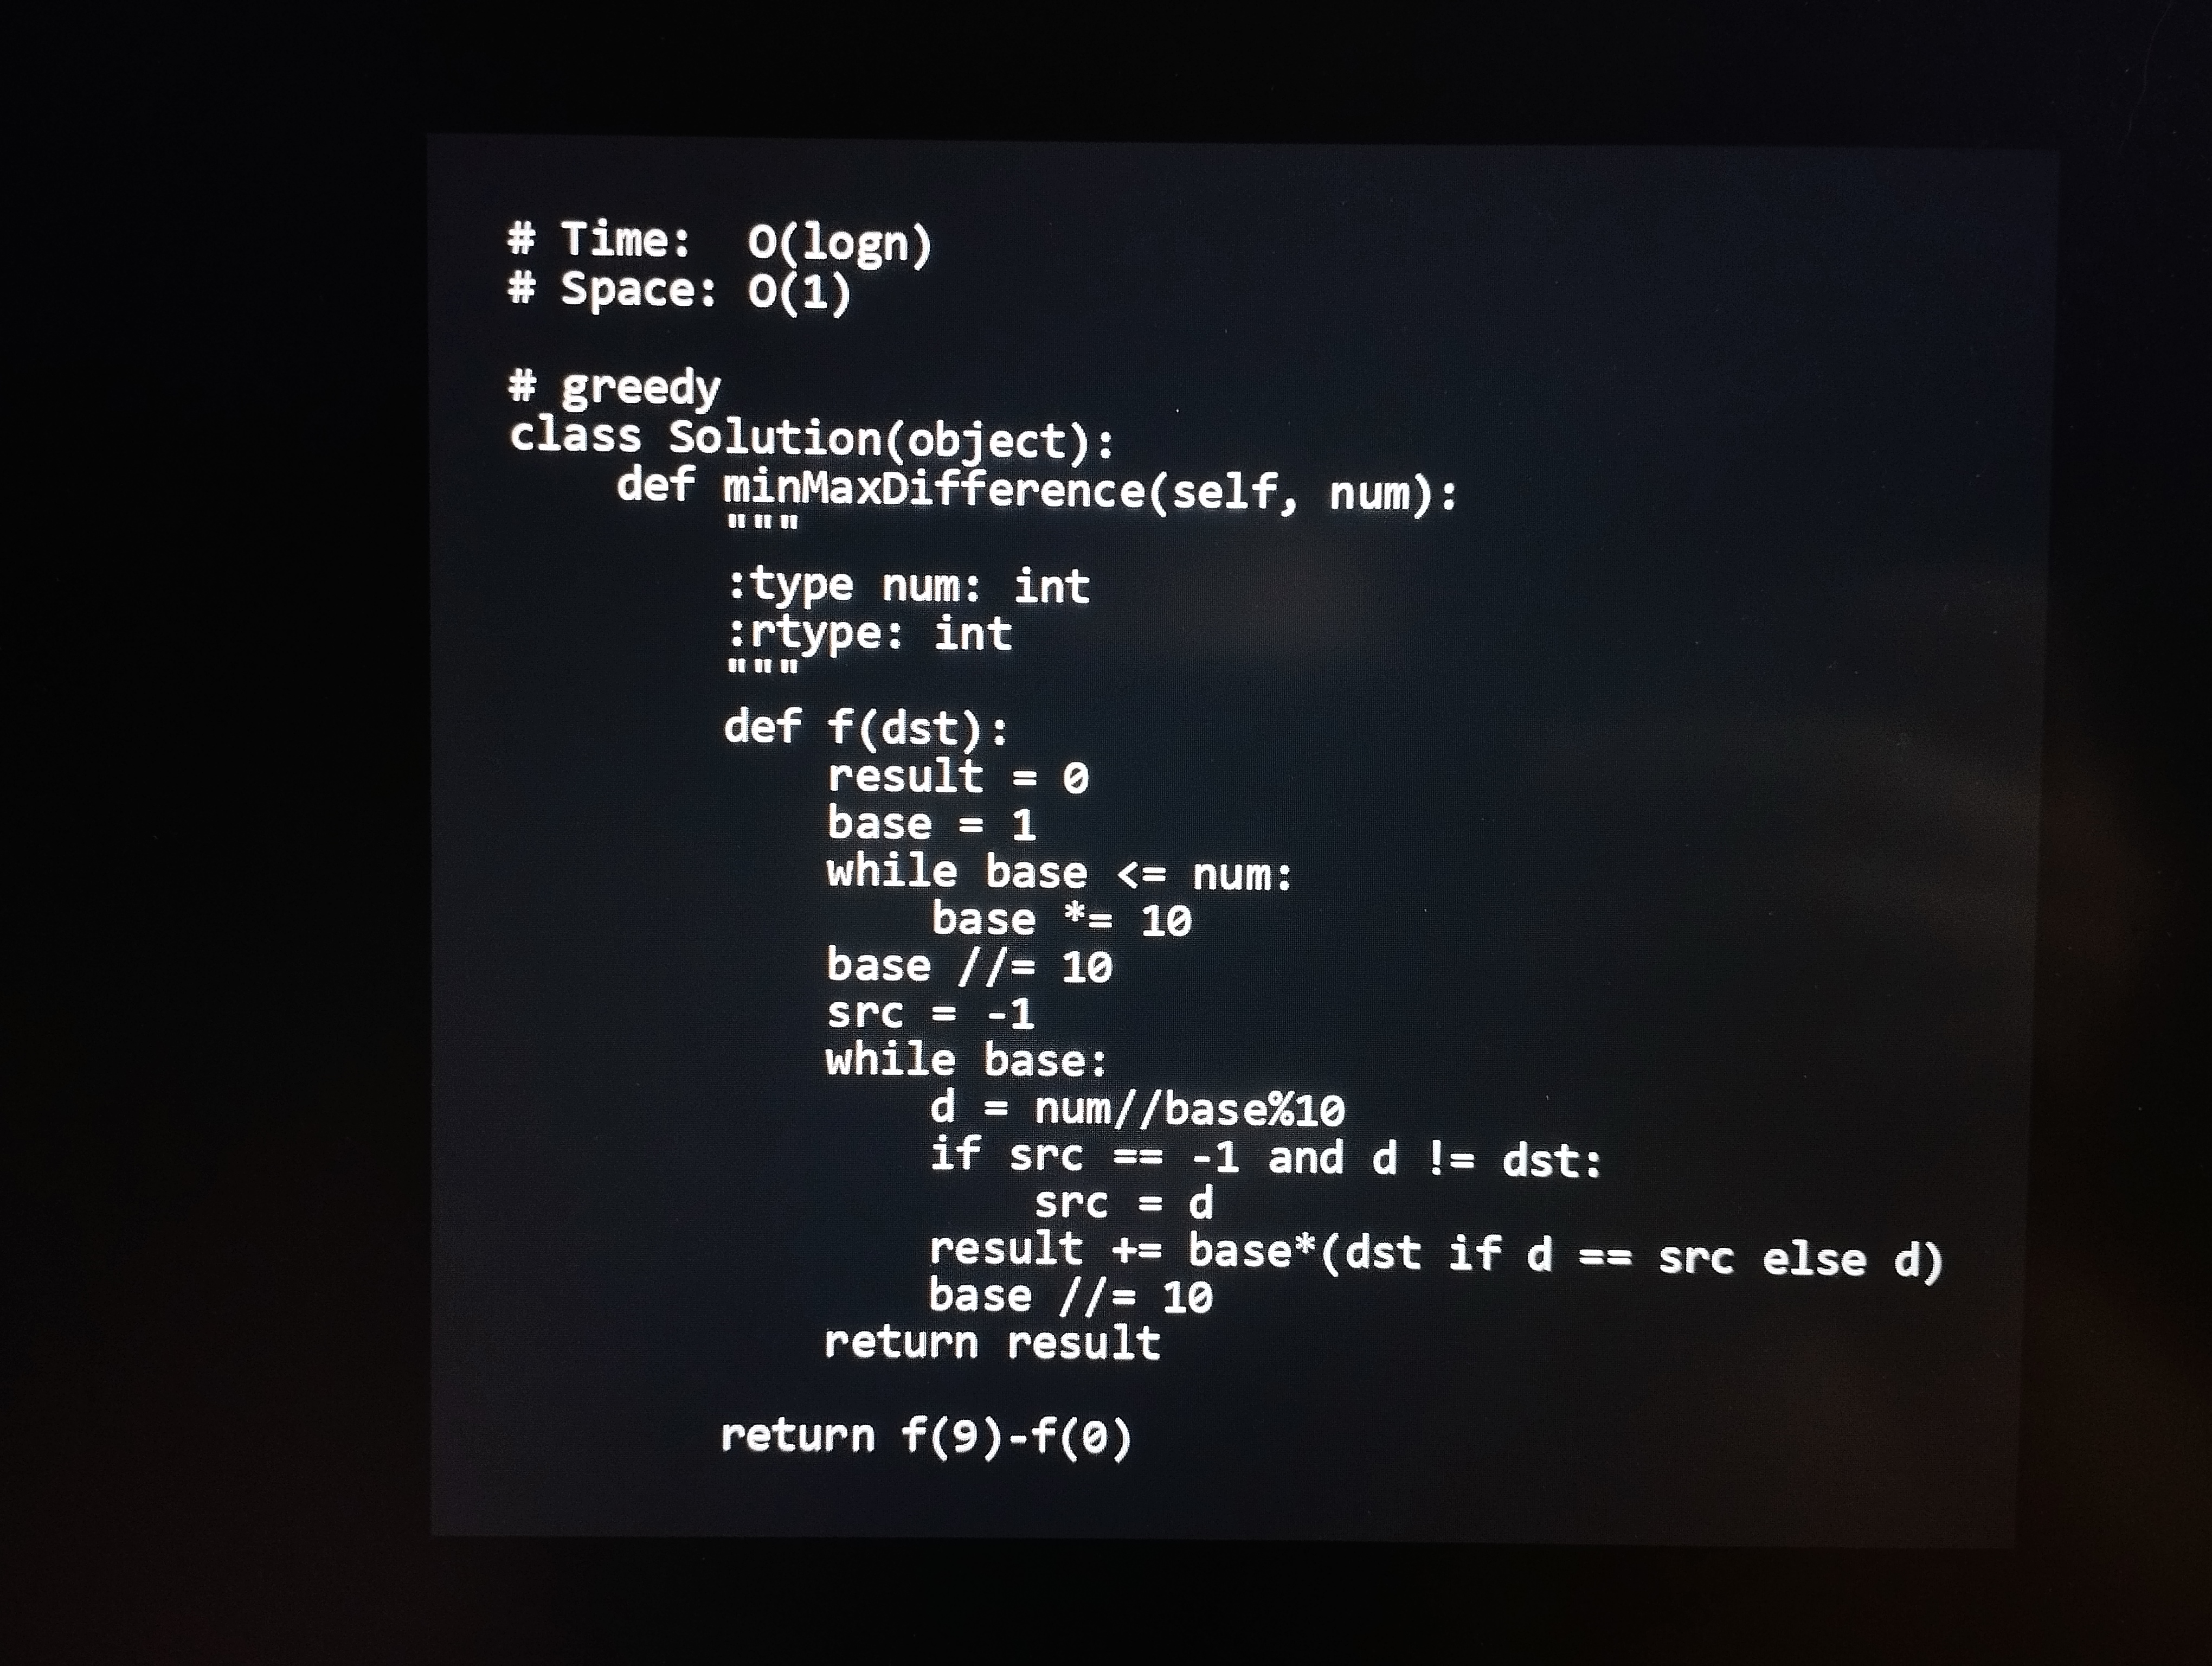
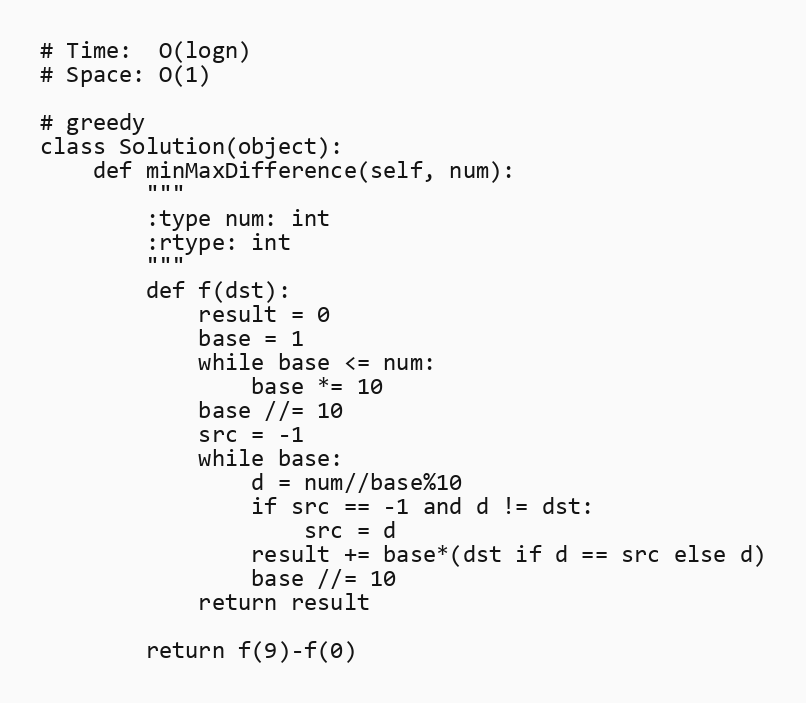
# Time:  O(logn)
# Space: O(1)

# greedy
class Solution(object):
    def minMaxDifference(self, num):
        """
        :type num: int
        :rtype: int
        """
        def f(dst):
            result = 0
            base = 1
            while base <= num:
                base *= 10
            base //= 10
            src = -1
            while base:
                d = num//base%10
                if src == -1 and d != dst:
                    src = d
                result += base*(dst if d == src else d)
                base //= 10
            return result

        return f(9)-f(0)